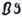
Text: B9